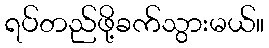
ရပ်တည်ဖို့ခက်သွားမယ်။